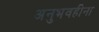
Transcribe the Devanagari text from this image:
अनुभवहीना